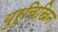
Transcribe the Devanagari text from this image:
युर्चिखिन